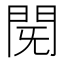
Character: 𮤈